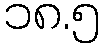
၁၈.၅